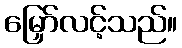
မြှော်လင့်သည်။